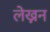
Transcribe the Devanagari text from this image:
लेख्नन